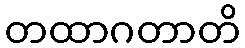
တထာဂတာတိ